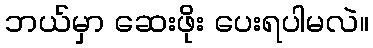
ဘယ်မှာ ဆေးဖိုး ပေးရပါမလဲ။